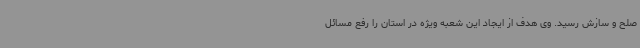
صلح و سازش رسید. وی هدف از ایجاد این شعبه ویژه در استان را رفع مسائل